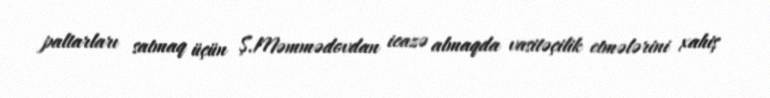
paltarları satmaq üçün Ş.Məmmədovdan icazə almaqda vasitəçilik etmələrini xahiş